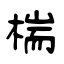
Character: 椯